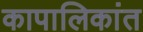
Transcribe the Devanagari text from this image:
कापालिकांत